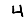
Digit: 4